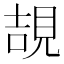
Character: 𧠯